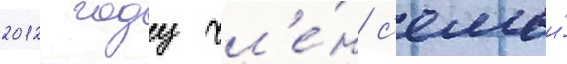
2012 году чл'е́н с'емьи́